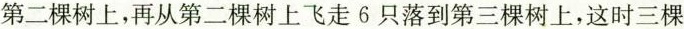
第二棵树上，再从第二棵树上飞走6只落到第三棵树上，这时三棵